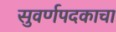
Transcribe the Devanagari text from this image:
सुवर्णपदकाचा